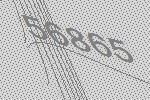
56865